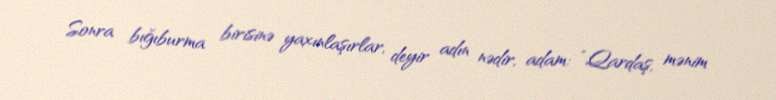
Sonra bığıburma birisinə yaxınlaşırlar, deyir adın nədir, adam: “Qardaş, mənim